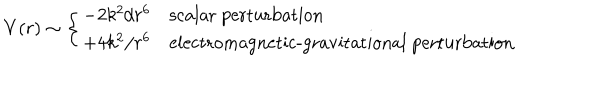
V ( r ) \sim \left\{ \begin{array} { c l } { { - 2 k ^ { 2 } / r ^ { 6 } } } & { { \textrm { s c a l a r p e r t u r b a t i o n } } } \\ { { + 4 k ^ { 2 } / r ^ { 6 } } } & { { \textrm { e l e c t r o m a g n e t i c - g r a v i t a t i o n a l p e r t u r b a t i o n } } } \\ \end{array} \right.